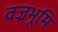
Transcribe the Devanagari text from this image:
वज्रभूमि